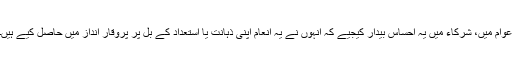
عوام میں، شرکاء میں یہ احساس بیدار کیجیے کہ انہوں نے یہ انعام اپنی ذہانت یا استعداد کے بل پر پروقار انداز میں حاصل کیے ہیں۔